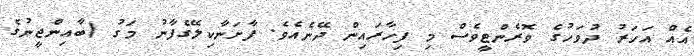
އެއް އަހަރު ދުވަހުގެ ވޮރެންޓީވެސް މި ފިހާރައިން ދޭނެއެވެ. ފާށަނާކިލޭގެފާނު މަގު (ބާއިންޖީނުގެ